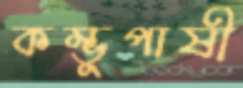
কম্ভুপাষী